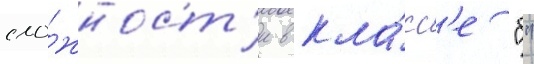
сло́жност'и в кла́сс'е "б"